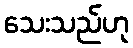
သေးသည်ဟု